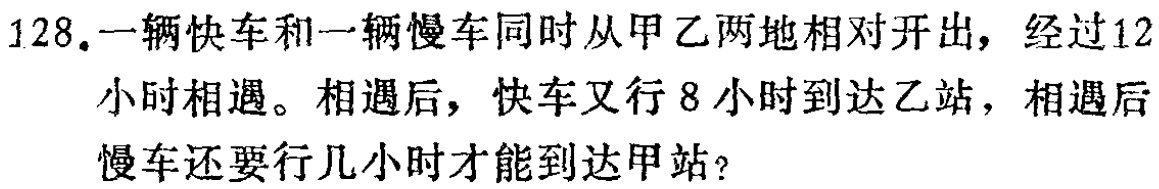
128.一辆快车和一辆慢车同时从甲乙两地相对开出，经过12小时相遇。相遇后，快车又行8小时到达乙站，相遇后慢车还要行几小时才能到达甲站？